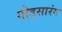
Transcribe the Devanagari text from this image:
गौड़सारंग